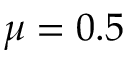
\mu = 0 . 5